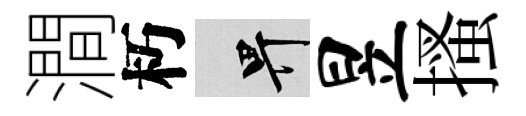
澗朽畀昱搔